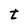
Character: t